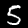
Label: 5